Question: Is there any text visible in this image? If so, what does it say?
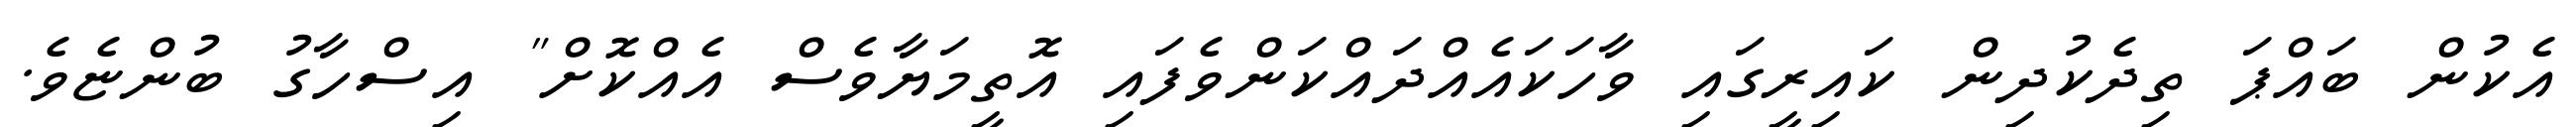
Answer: އެކުން ބައްޕަ ތިދެކުދިން ކައިރީގައި ވާހަކައެއްދައްކަންވެފައި އޮތީމަޔާވެސް އެއްކޮށް" އިސްހާގު ބުންޏެވެ.